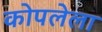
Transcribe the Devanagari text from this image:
कोपलेला